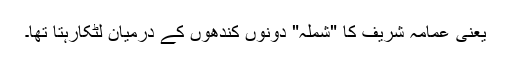
یعنی عمامہ شریف کا "شملہ" دونوں کندھوں کے درمیان لٹکارہتا تھا۔